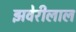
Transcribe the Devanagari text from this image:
झवेरीलाल